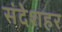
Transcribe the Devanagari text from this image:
संदेशहर